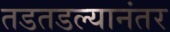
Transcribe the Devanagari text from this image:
तडतडल्यानंतर